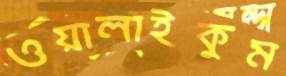
ওয়ালাইকুম